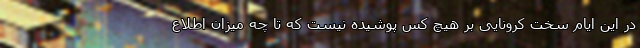
در این ایام سخت کرونایی بر هیچ کس پوشیده نیست که تا چه میزان اطلاع